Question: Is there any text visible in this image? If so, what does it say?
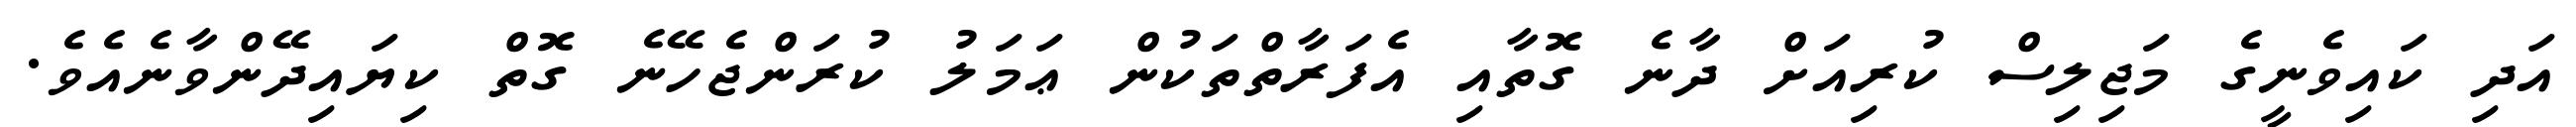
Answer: އަދި ކައިވެނީގެ މަޖިލިސް ކުރިއަށް ދާނެ ގޮތާއި އެފަރާތްތަކުން ޢަމަލު ކުރަންޖެހޭނެ ގޮތް ކިޔައިދޭންވާނެއެވެ.